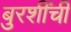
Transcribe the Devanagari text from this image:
बुरशींची